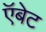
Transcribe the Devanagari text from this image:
ऍबेट